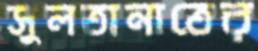
সুলতানাতের